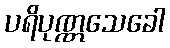
ပရိပုဏ္ဏသေခေါ